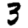
Digit: 3